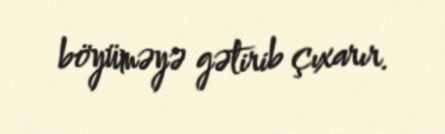
böyüməyə gətirib çıxarır.